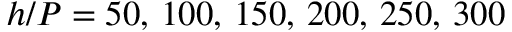
h / P = 5 0 , \, 1 0 0 , \, 1 5 0 , \, 2 0 0 , \, 2 5 0 , \, 3 0 0